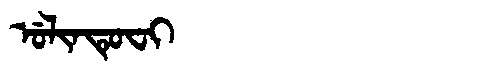
Manchu: ᡠᠯᡳᠨᡨᡠᠸᡳ
Romanization: ULINTUFI